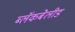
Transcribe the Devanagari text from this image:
ब्लॅकबेलीड